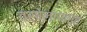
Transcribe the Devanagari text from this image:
वर्षेलागतात